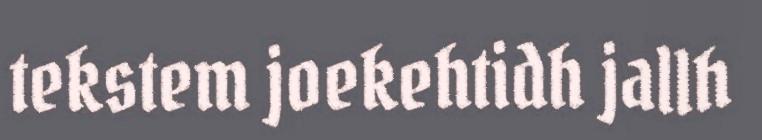
tekstem joekehtidh jallh